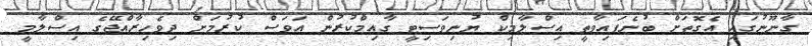
ގާނޫނުގައި އެގޮތަށް ބުނެފައިވާތީ އިސްލާމިކް ޔުނިވަސިޓީ ގާއިމްކުރުން އަވަސް ކުރުމަށް ދިވެހިރާއްޖޭގެ އިސްލާމީ